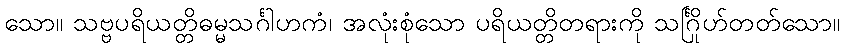
သော။ သဗ္ဗပရိယတ္တိဓမ္မသင်္ဂါဟကံ၊ အလုံးစုံသော ပရိယတ္တိတရားကို သင်္ဂြိုဟ်တတ်သော။